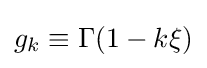
g_{k}\equiv \Gamma (1-k\xi )